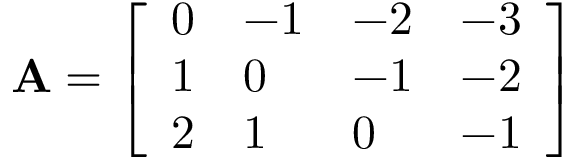
\mathbf { A } = { \left[ \begin{array} { l l l l } { 0 } & { - 1 } & { - 2 } & { - 3 } \\ { 1 } & { 0 } & { - 1 } & { - 2 } \\ { 2 } & { 1 } & { 0 } & { - 1 } \end{array} \right] }